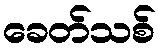
ခေတ်သစ်